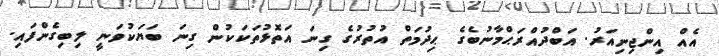
އެއް އިންޖިނިއަރު. އަބްދުއްރަޙްމާނުބެގެ ޙިދުމަތް އުތުރުގެ ގިނަ އަތޮޅުތަކަކުން ގިނަ ބަޔަކުވަނީ ލިބިގެންފައި.